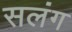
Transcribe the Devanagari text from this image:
सलंग